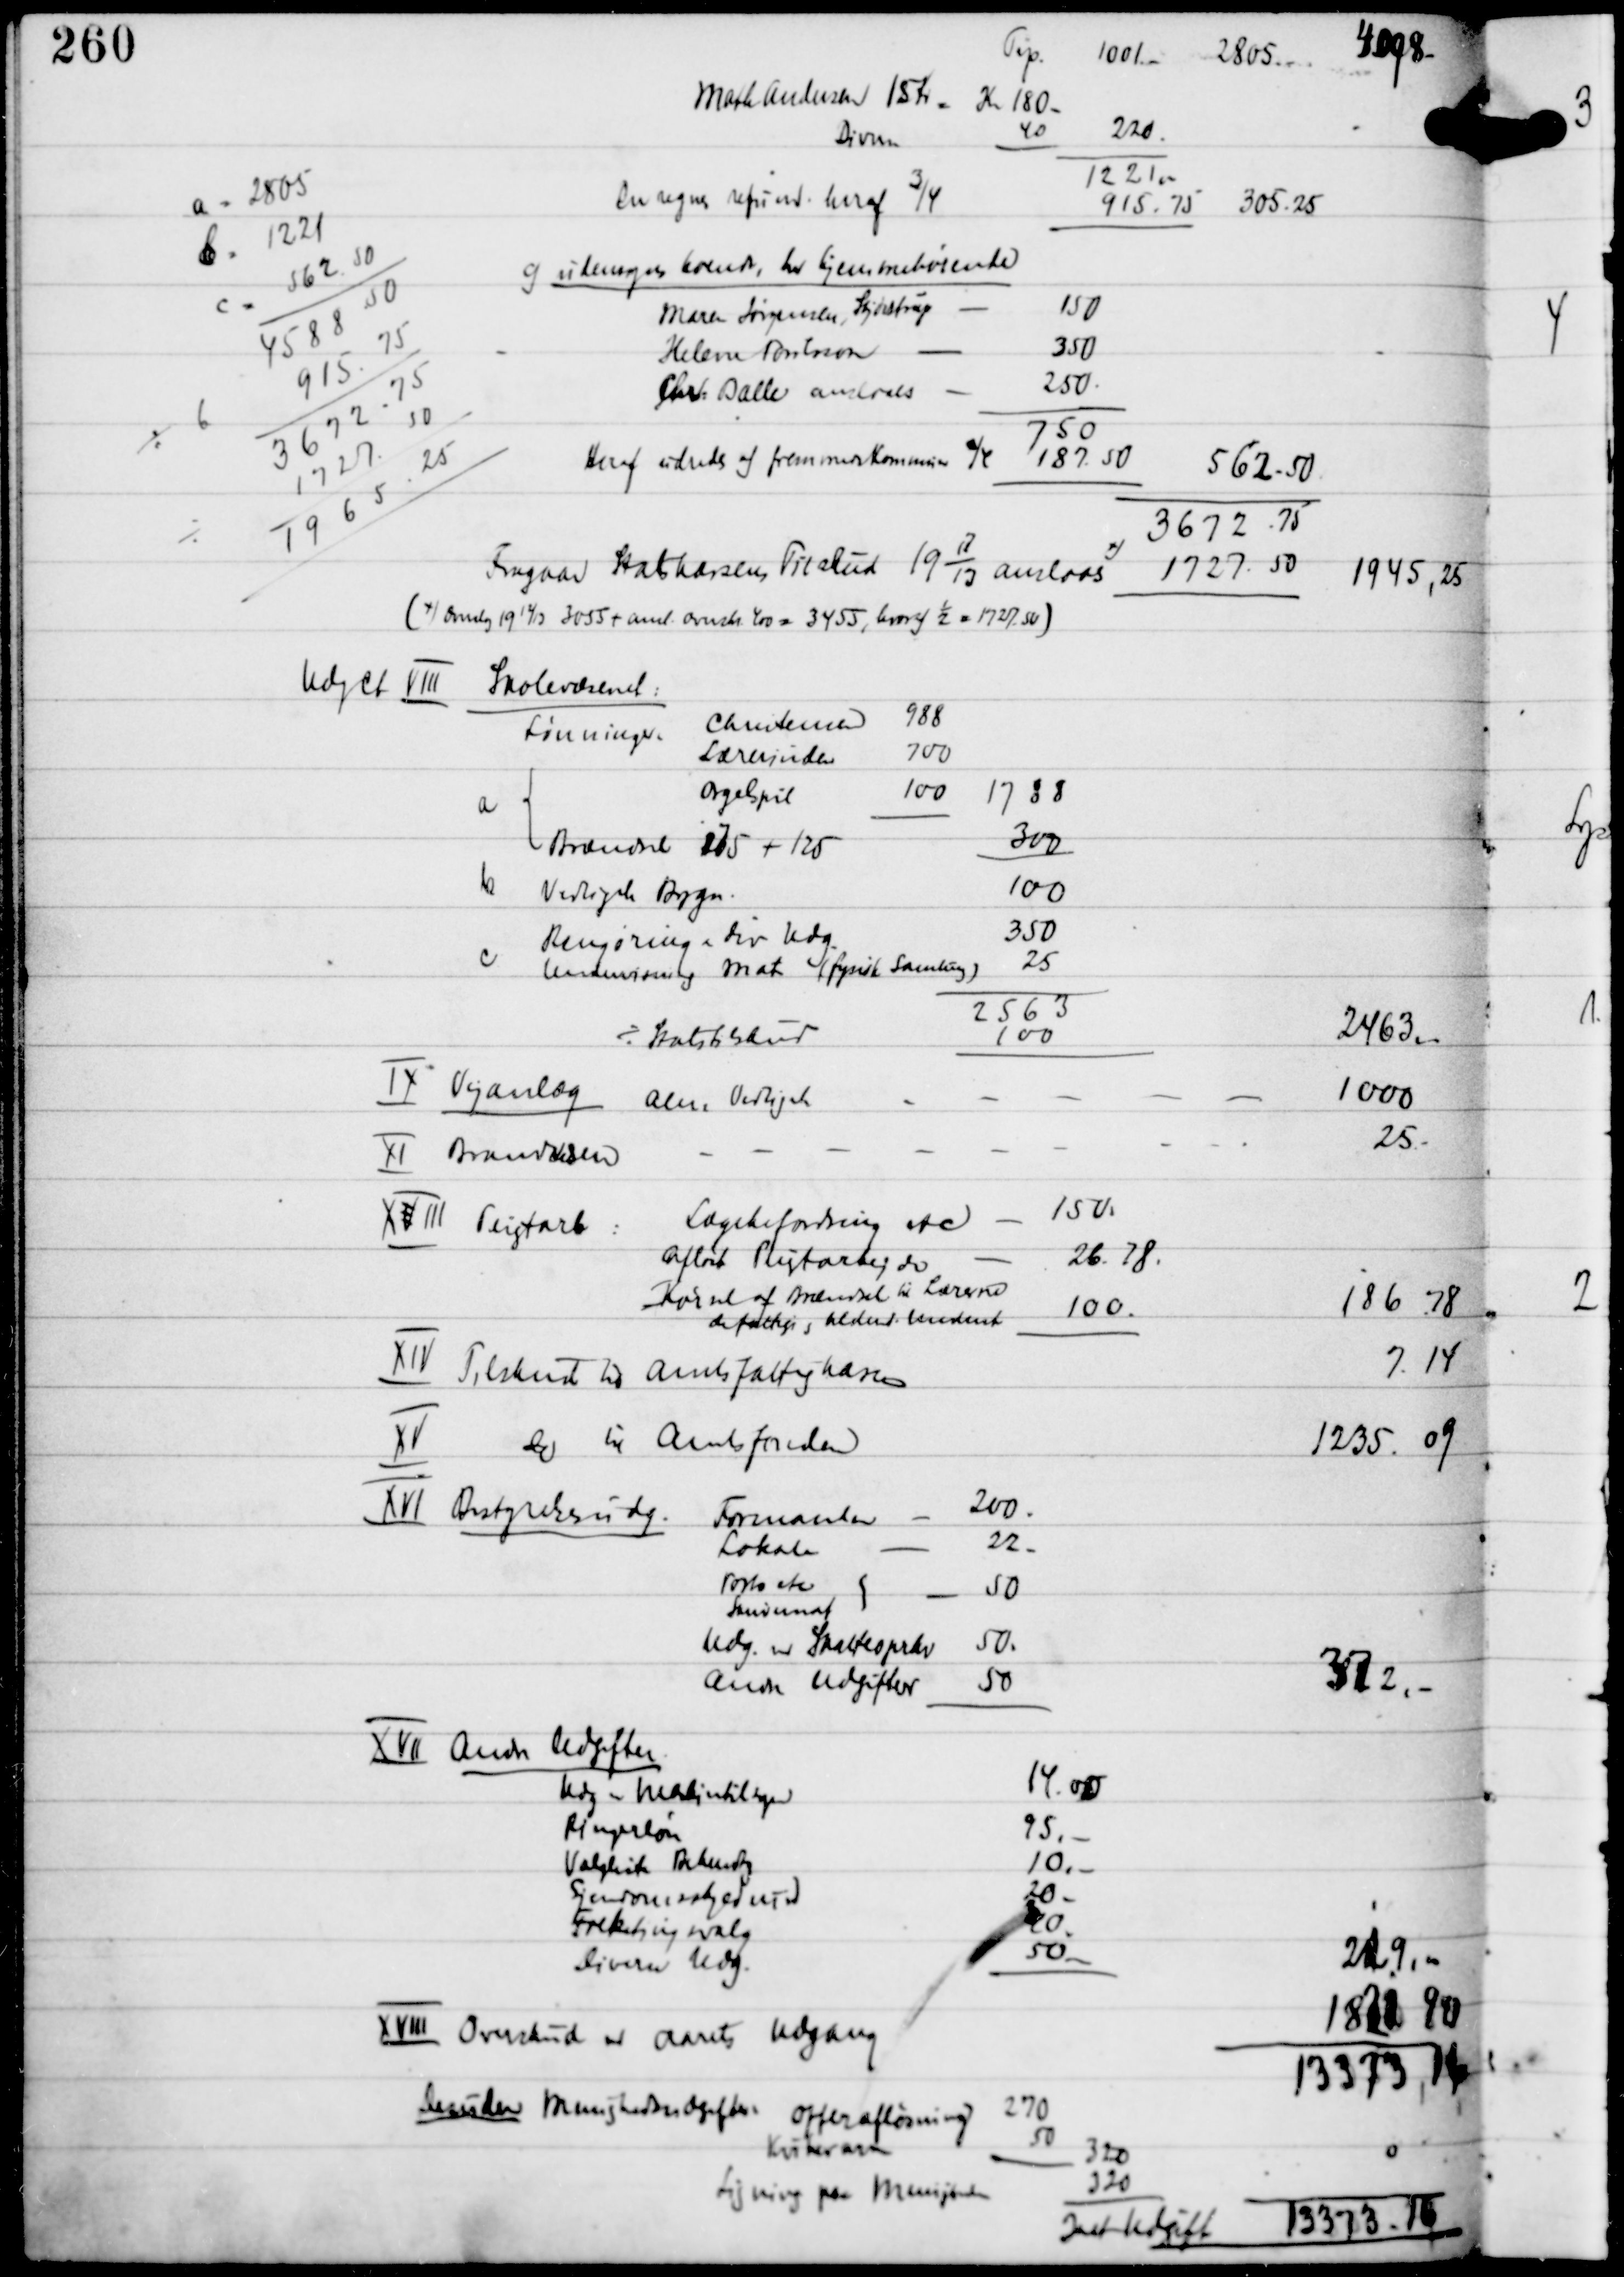
Transskription:
Trp
1001.-
2805.-
4098.-

a = 2805
b = 1221
C = 562.50
4588.50
÷ 6
915.75
3672.75
÷
1727.50
1965.25